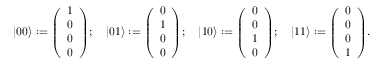
| 0 0 \rangle : = { \left( \begin{array} { l } { 1 } \\ { 0 } \\ { 0 } \\ { 0 } \end{array} \right) } ; \quad | 0 1 \rangle : = { \left( \begin{array} { l } { 0 } \\ { 1 } \\ { 0 } \\ { 0 } \end{array} \right) } ; \quad | 1 0 \rangle : = { \left( \begin{array} { l } { 0 } \\ { 0 } \\ { 1 } \\ { 0 } \end{array} \right) } ; \quad | 1 1 \rangle : = { \left( \begin{array} { l } { 0 } \\ { 0 } \\ { 0 } \\ { 1 } \end{array} \right) } .